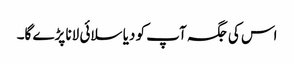
اس کی جگہ آپ کو دیا سلائی لانا پڑے گا۔